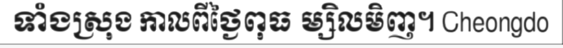
ទាំងស្រុង កាលពីថ្ងៃពុធ ម្សិលមិញ។ Cheongdo